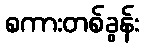
စကားတစ်ခွန်း